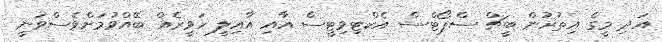
އަދި މީގެ އިތުރުން ބީޗް ސްޕޯޓްސް އެކްޓިވިޓީސް އާއި އާއިލީ ހަވީރެއް ބޭއްވުމަށްވެސްވަނީ